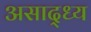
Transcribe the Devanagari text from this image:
असाद्ध्य